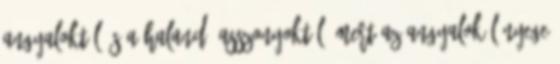
angyaloktól és a halandó asszonyoktól; mert az angyalok lényege